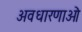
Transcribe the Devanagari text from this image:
अवधारणाऒं